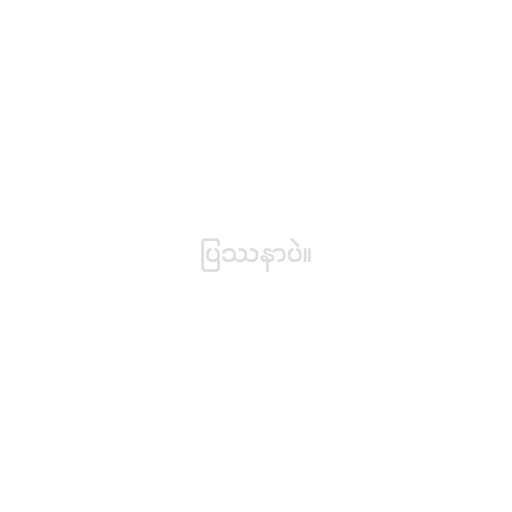
ပြဿနာပဲ။